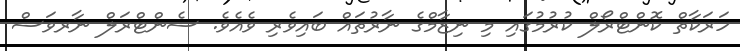
ހަރަކާތް ކޮންޓްރޯލް ކުރުމުގައި މި ނިޒާމްގެ ނާރުތައް ބައިވެރި ވެއެވެ. ސެންޓްރަލް ނާރވަސް